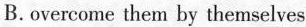
B. overcome them by themselves